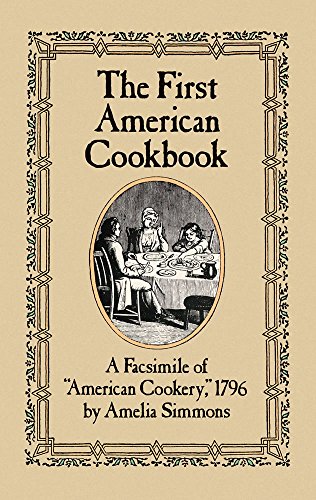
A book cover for The First American Cookbook: A Facsimile of "American Cookery," 1796; Amelia Simmons; History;